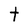
Character: t